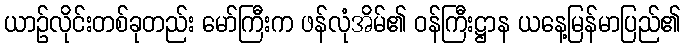
ယာဉ်လိုင်းတစ်ခုတည်း မော်ကြီးက ဖန်လုံအိမ်၏ ဝန်ကြီးဋ္ဌာန ယနေ့မြန်မာပြည်၏